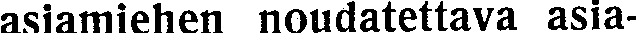
asiamiehen noudatettava asia-